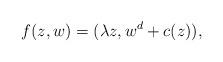
LaTeX: \begin{align*}f(z,w)=(\lambda z, w^d+c(z)),\end{align*}